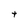
Character: t